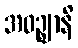
အဝဉ္ဈာနိ